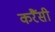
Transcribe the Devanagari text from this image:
करैंसी